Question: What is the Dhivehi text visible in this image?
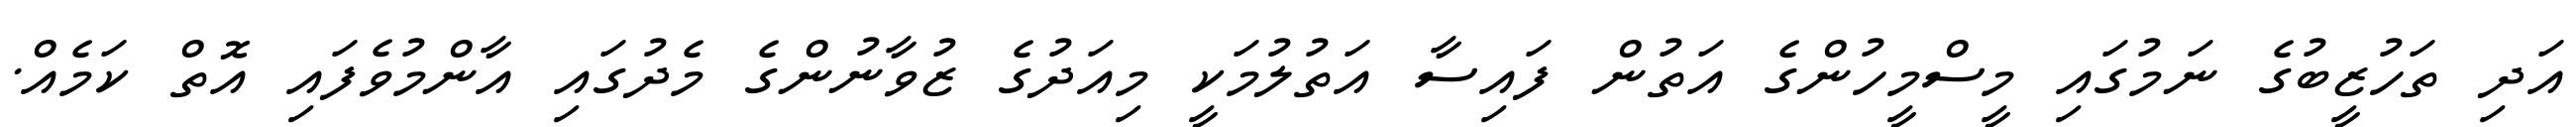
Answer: އަދި ތަހުޒީބުގެ ނަމުގައި މީސްމީހުންގެ އަތުން ފައިސާ އަތުލުމަކީ މިއަދުގެ ޒުވާނުންގެ މެދުގައި އާންމުވެފައި އޮތް ކަމެއް.